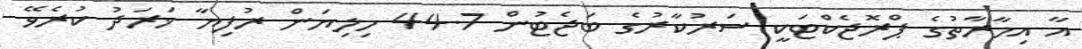
އާ އިމާރާތުގެ ޕްރޮޖެކްޓަކީ ސަރުކާރުގެ ބަޖެޓުން 44.7 މިލިޔަން ރުފިޔާ ޚަރަދު ކުރެވޭ